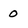
Character: 0